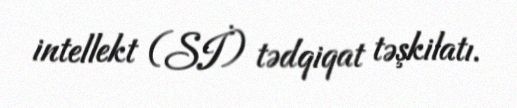
intellekt (Sİ) tədqiqat təşkilatı.